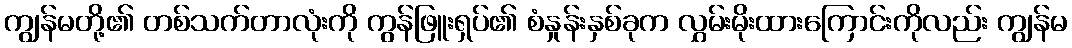
ကျွန်မတို့၏ တစ်သက်တာလုံးကို ကွန်ဖြူးရှပ်၏ စံနှုန်းနှစ်ခုက လွှမ်းမိုးထားကြောင်းကိုလည်း ကျွန်မ